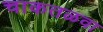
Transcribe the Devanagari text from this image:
चाकतळवा